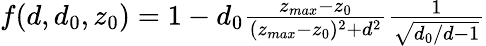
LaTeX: \begin{array}{r}{f(d,d_{0},z_{0})=1-d_{0}\frac{z_{max}-z_{0}}{(z_{max}-z_{0})^{2}+d^{2}}\frac{1}{\sqrt{d_{0}/d-1}}}\end{array}